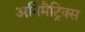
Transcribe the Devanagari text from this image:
अनिमैट्रिक्स